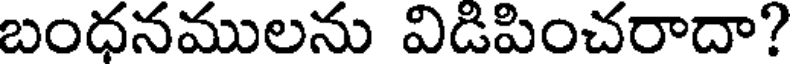
బంధనములను విడిపించరాదా?